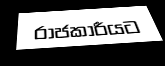
රාජකාරීයට